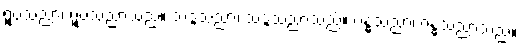
ရူပသညာ၊ ရူပသညာသည်။ သဒ္ဒသညာ၊ သဒ္ဒသညာသည်။ ဂန္ဓသညာ၊ ဂန္ဓသညာသည်။